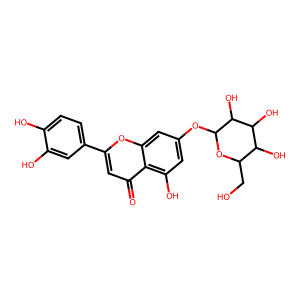
SMILES: O=c1cc(-c2ccc(O)c(O)c2)oc2cc(OC3OC(CO)C(O)C(O)C3O)cc(O)c12
Inhibits HIV replication: No